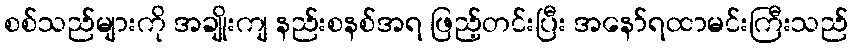
စစ်သည်များကို အချိုးကျ နည်းစနစ်အရ ဖြည့်တင်းပြီး အနော်ရထာမင်းကြီးသည်